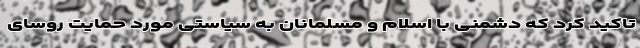
تاکید کرد که دشمنی با اسلام و مسلمانان به سیاستی مورد حمایت رؤسای